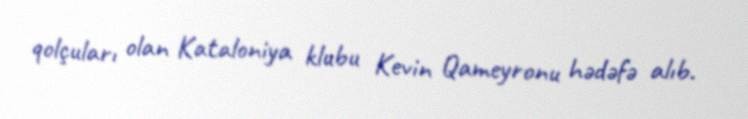
qolçuları olan Kataloniya klubu Kevin Qameyronu hədəfə alıb.